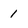
Character: 1